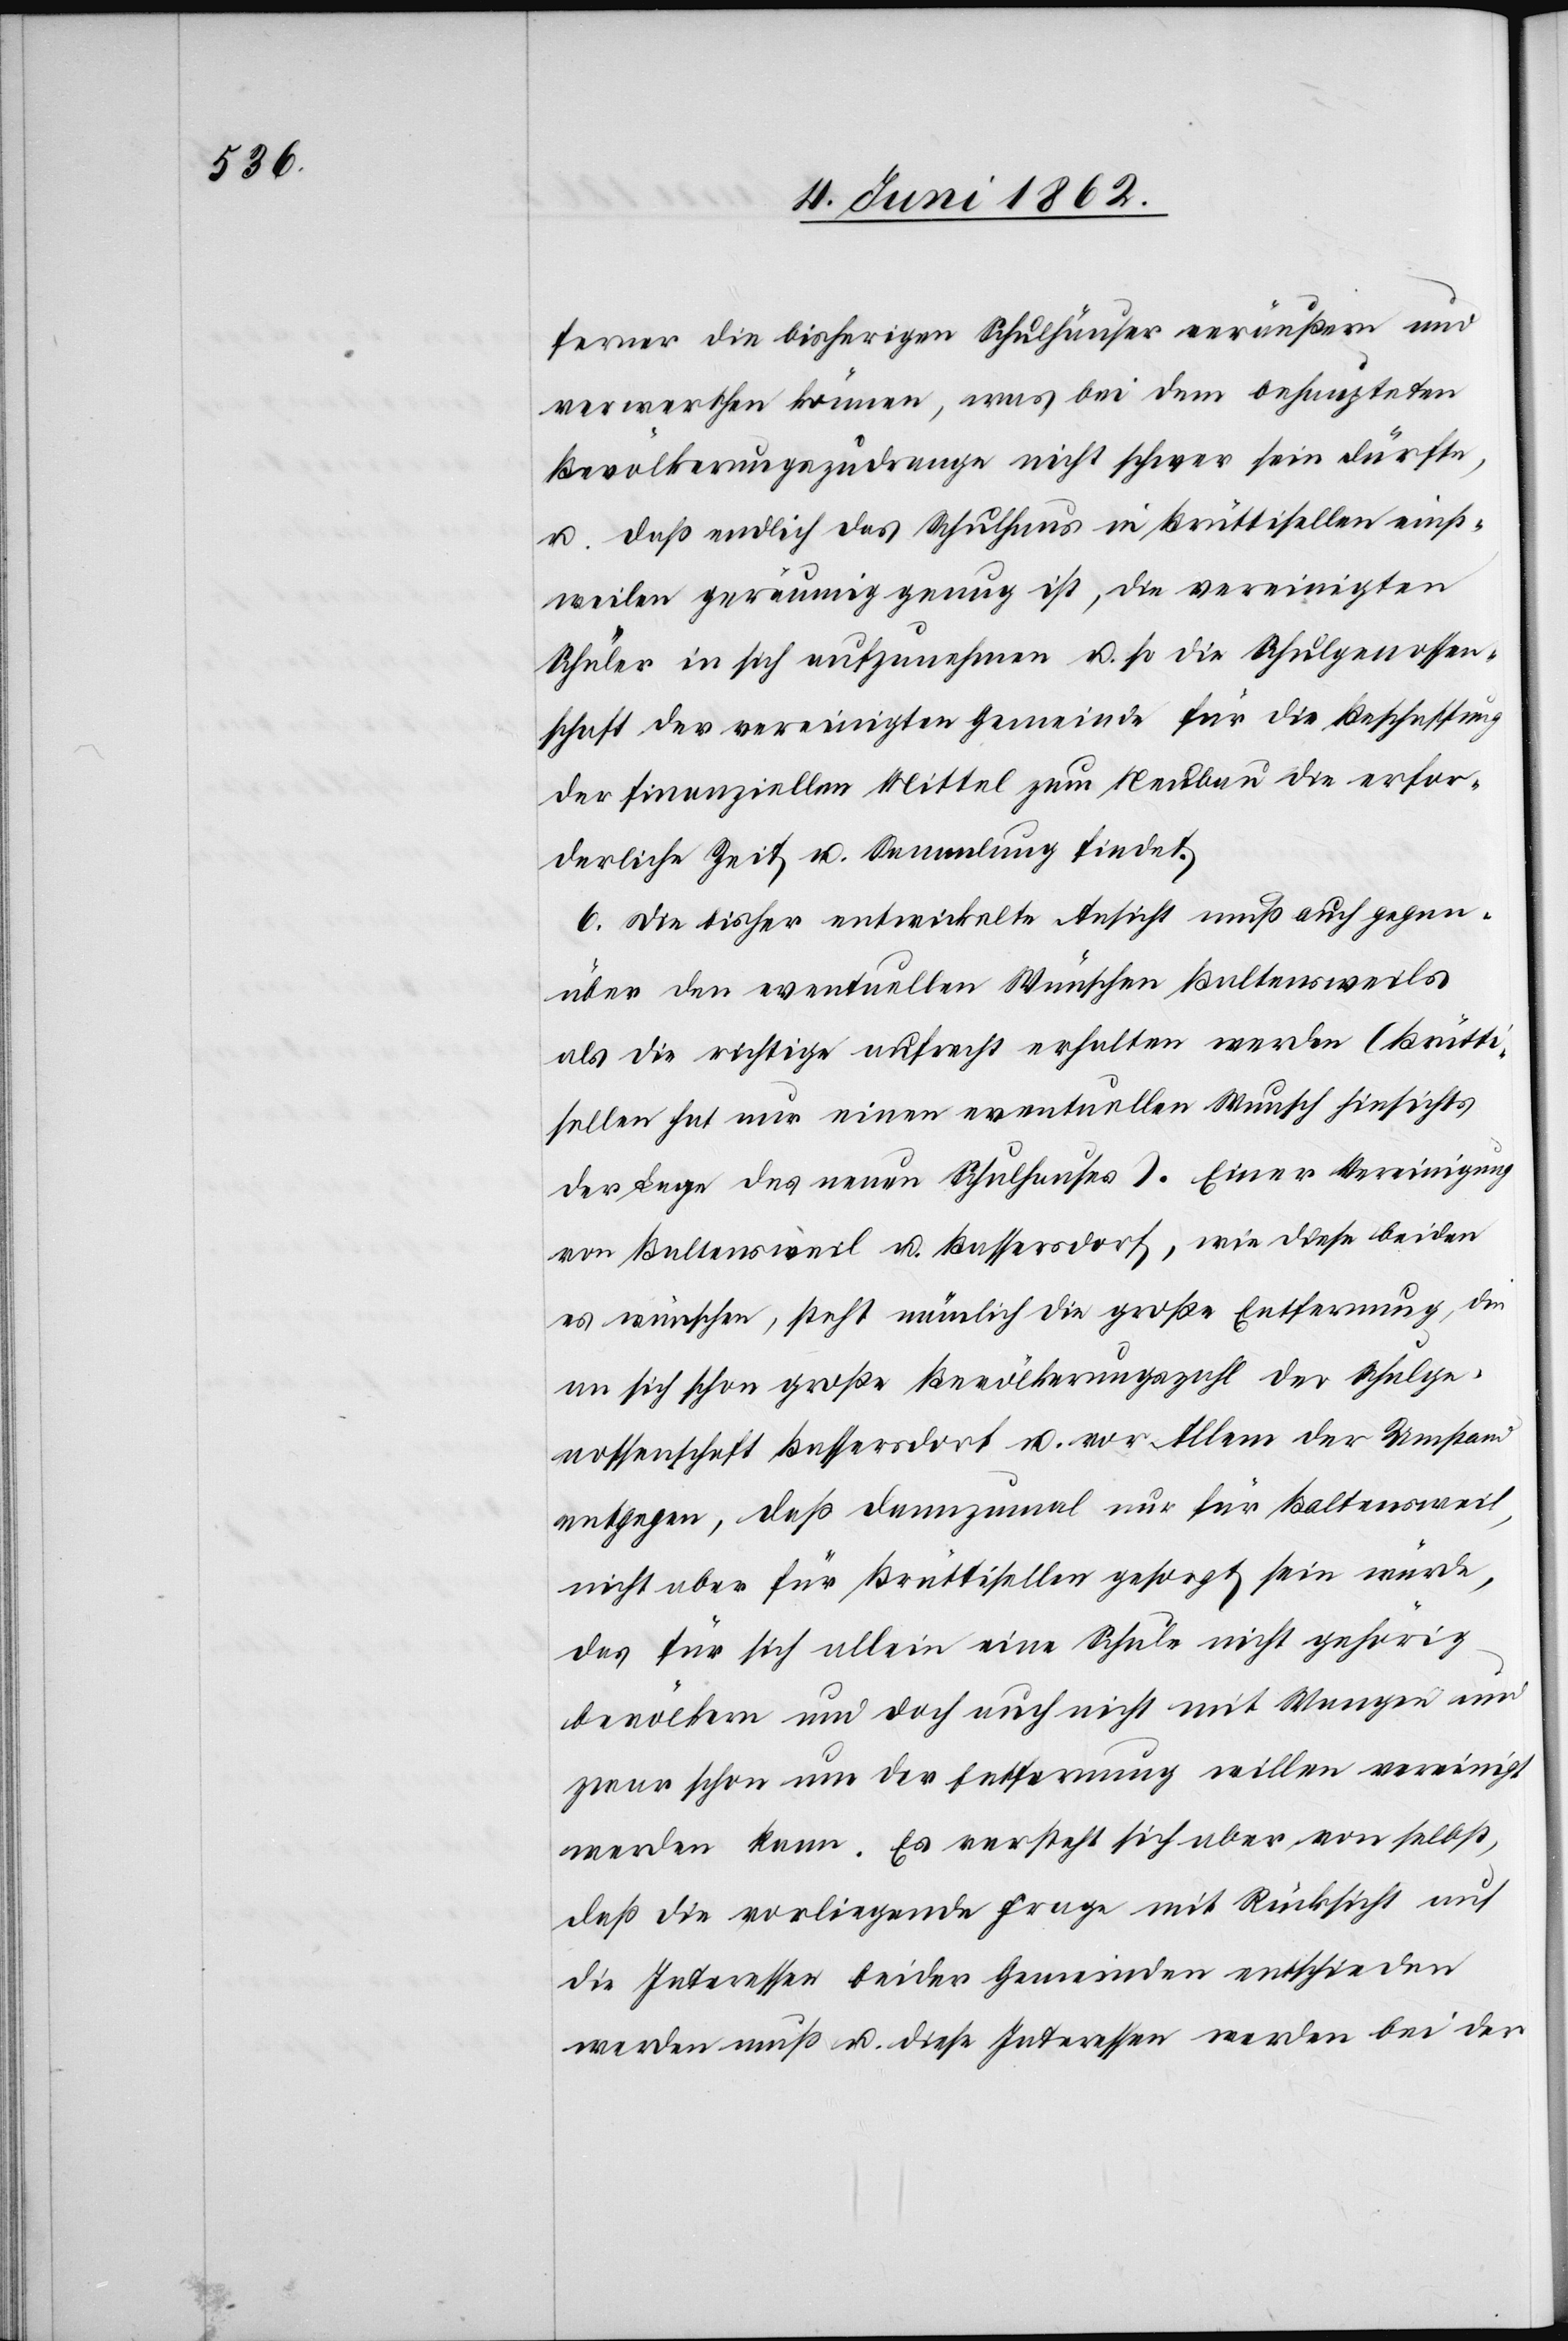
ferner die bisherigen Schulhäuser veräußern und
verwerthen können, was bei dem behaupteten
Bevölkerungszudrange nicht schwer sein dürfte,
u. daß endlich das Schulhaus in Brüttisellen einst¬
weilen geräumig genug ist, die vereinigten
Schüler in sich aufzunehmen u. so die Schulgenossen¬
schaft der vereinigten Gemeinde für die Beschaffung
der finanziellen Mittel zum Neubau die erfor¬
derliche Zeit u. Sammlung findet.
6. Die bisher entwickelte Ansicht muß auch gegen¬
über den eventuellen Wünschen Baltensweils
als die richtige aufrecht erhalten werden (Brütti¬
sellen hat nur einen eventuellen Wunsch hinsichts
der Lage des neuen Schulhauses). Einer Vereinigung
von Baltensweil u. Bassersdorf, wie diese beiden
es wünschen, steht nämlich die große Entfernung, die
an sich schon große Bevölkerungszahl der Schulge¬
nossenschaft Bassersdorf u. vor Allem der Umstand
entgegen, daß dannzumal nur für Baltensweil,
nicht aber für Brüttisellen gesorgt sein würde,
das für sich allein eine Schule nicht gehörig
bevölkern und doch auch nicht mit Wangen und
zwar schon um der Entfernung willen vereinigt
werden kann. Es versteht sich aber von selbst,
daß die vorliegende Frage mit Rücksicht auf
die Interessen beider Gemeinden entschieden
werden muß u. diese Interessen werden bei der